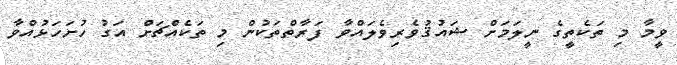
ވީމާ މި ތަކެތީގެ ނީލަމަށް ޝައުޤުވެރިވެލައްވާ ފަރާތްތަކުން މި ތަކެއްޗަށް އަގު ހުށަހަޅުއްވާ